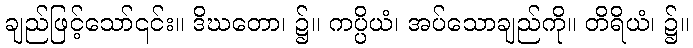
ချည်ဖြင့်သော်၎င်း။ ဒိဃတော၊ ၌။ ကပ္ပိယံ၊ အပ်သောချည်ကို။ တိရိယံ၊ ၌။